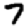
Digit: 7